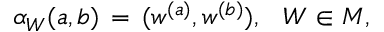
\alpha _ { W } ( a , b ) \, = \, ( w ^ { ( a ) } , w ^ { ( b ) } ) , \; \, \, \, W \in { \cal M } ,